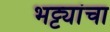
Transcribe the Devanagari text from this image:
भट्ट्यांचा